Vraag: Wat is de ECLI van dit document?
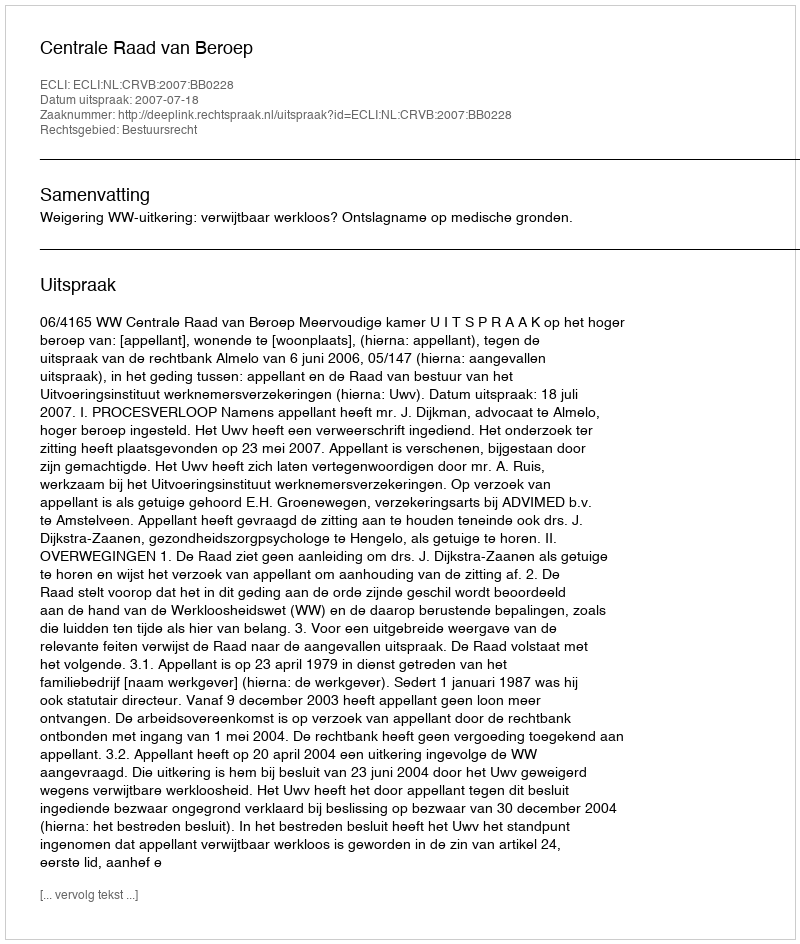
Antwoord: ECLI:NL:CRVB:2007:BB0228